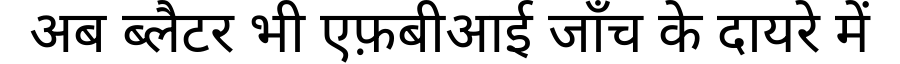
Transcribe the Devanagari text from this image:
अब ब्लैटर भी एफ़बीआई जाँच के दायरे में